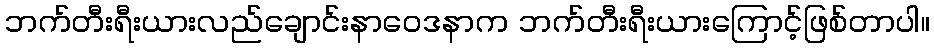
ဘက်တီးရီးယားလည်ချောင်းနာဝေဒနာက ဘက်တီးရီးယားကြောင့်ဖြစ်တာပါ။